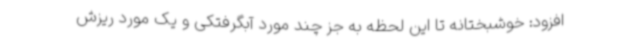
افزود: خوشبختانه تا این لحظه به جز چند مورد آبگرفتکی و یک مورد ریزش